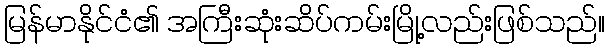
မြန်မာနိုင်ငံ၏ အကြီးဆုံးဆိပ်ကမ်းမြို့လည်းဖြစ်သည်။